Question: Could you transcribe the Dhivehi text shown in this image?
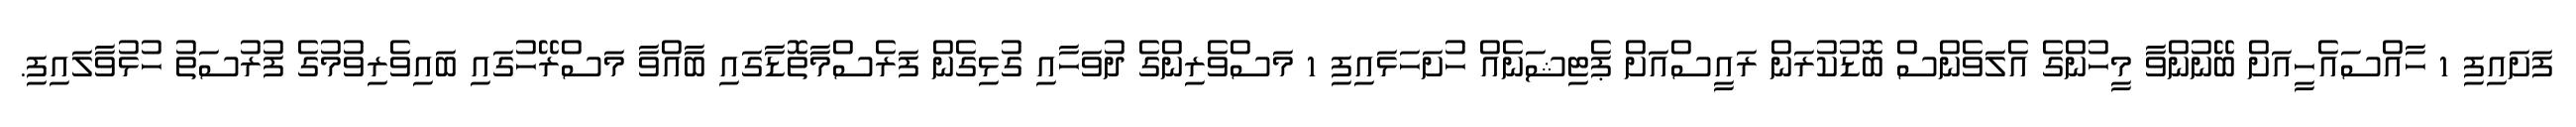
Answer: ފަށައިފި 1 ހާއްސައެހީއަށް ބޭނުންވާ މީހުންގެ އެލަވެންސް ބޮޑުކުރަން ރައީސްއަށް ޕެޓިޝަނެއް ހުށަހަޅައިފި 1 މަސްވެރިންގެ ދުވަހާއި ގުޅިގެން ފަރެސްމާތޮޑާގައި ބާއްވާ މަސްރޭހުގައި ބައިވެރިވުމުގެ ފުރުސަތު ހުޅުވާލައިފި.